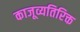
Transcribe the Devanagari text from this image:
काजूव्यतिरिक्त